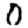
Digit: 0